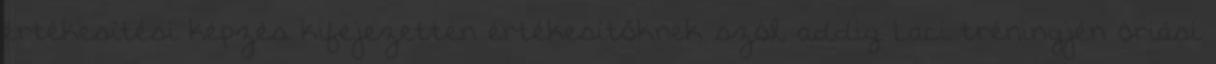
értékesítési képzés kifejezetten értékesítőknek szól, addig Laci tréningjén óriási